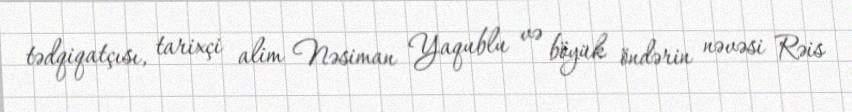
tədqiqatçısı, tarixçi alim Nəsiman Yaqublu və böyük öndərin nəvəsi Rəis